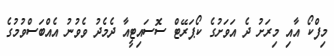
މިފްކޯ އާއި މިރަށު ދެ އަވަށުގެ ކޯޕަރޭޓް ސޮސައިޓީއާ ދެމެދު ވެވުނު އެއްބަސްވުމުގެ